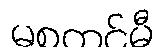
မစတင်မီ